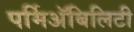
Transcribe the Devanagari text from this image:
पर्मिअॅबिलिटी